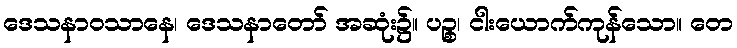
ဒေသနာဝသာနေ၊ ဒေသနာတော် အဆုံး၌။ ပဉ္စ၊ ငါးယောက်ကုန်သော။ တေ